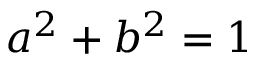
a ^ { 2 } + b ^ { 2 } = 1